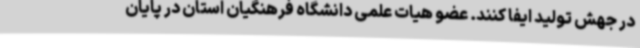
در جهش تولید ایفا کنند. عضو هیات علمی دانشگاه فرهنگیان استان در پایان